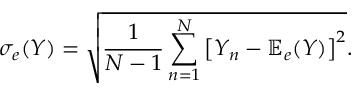
\sigma _ { e } ( Y ) = \sqrt { \frac { 1 } { N - 1 } \sum _ { n = 1 } ^ { N } \left[ Y _ { n } - { \mathbb E } _ { e } ( Y ) \right] ^ { 2 } } .